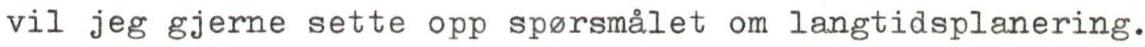
vil jeg gjerne sette opp sp rsmålet om langtidsplanering.